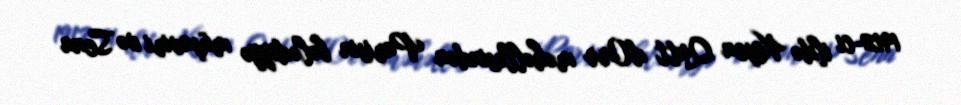
1912-ci ildə Kaşen Qutt d'Orr məhəlləsindən Parisin bələdiyyə müşaviri və Sena